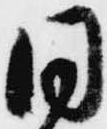
同